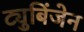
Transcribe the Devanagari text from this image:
ट्युबिंजेन